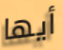
أيها